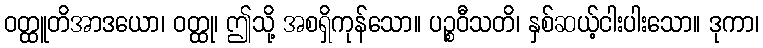
ဝတ္ထူတိအာဒယော၊ ဝတ္ထု၊ ဤသို့ အစရှိကုန်သော။ ပဉ္စဝီသတိ၊ နှစ်ဆယ့်ငါးပါးသော။ ဒုကာ၊